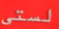
لستى